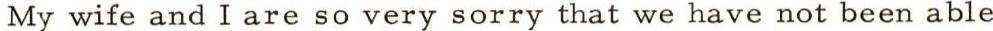
My wife and I are so very sorry that we have not been able